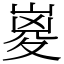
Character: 嵏